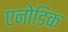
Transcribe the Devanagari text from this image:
एनोडिक